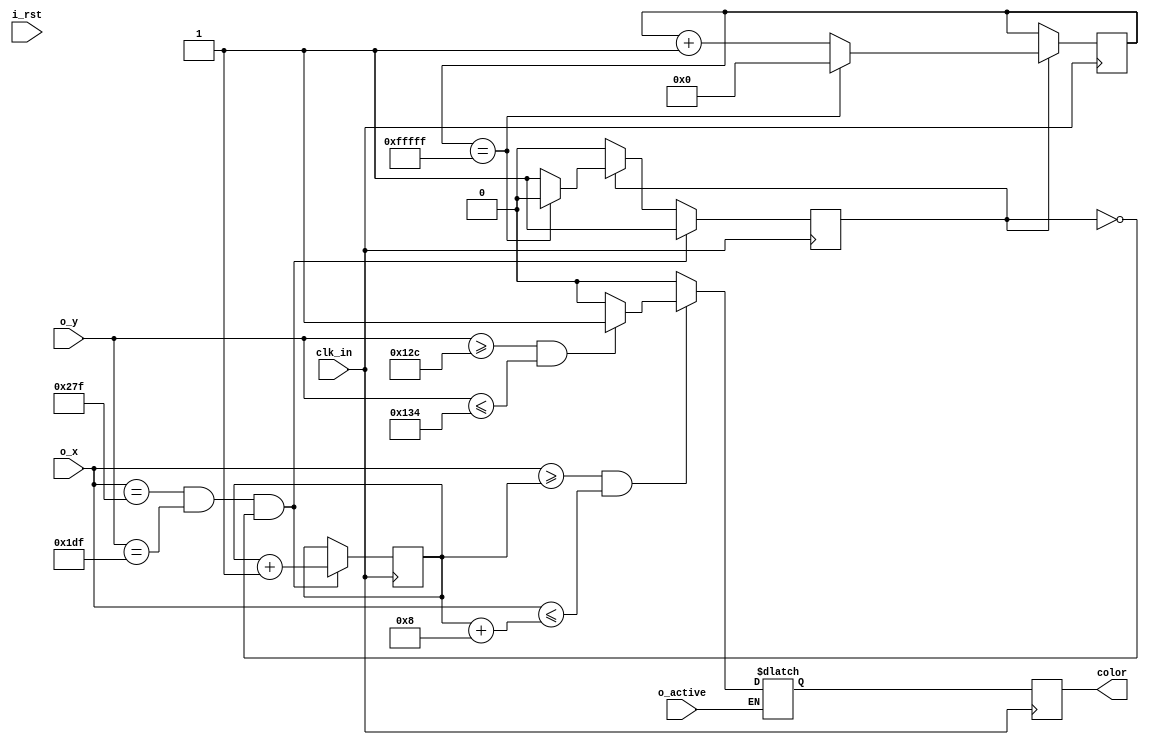
module printBallv2 (
    input wire clk_in,                                             // Clock base (vindo da placa)
    input wire i_rst,                                              // Reset: recomea a imprimir o quadro
    input wire o_active,                                           // Alto quando um pixel est sendo desenhado
    input wire [9:0] o_x,                                          // Posio x atual do pixel
    input wire [8:0] o_y,                                          // Posio y atual do pixel
    output reg color                                               // Indica se est imprimindo ou no (1 imprimindo, 0 no)
);

// Bolinha: 40x40
reg [8:0] y_bola = 300;                                            // Posio inicial da bola em y
reg [8:0] x_bola = 260;                                            // Posio inicial da bola em x
reg [19:0] delay = 0;                                              // Tempo que deve ser esperado at atualizar as coordenadas
reg startDelay = 1;                                                // Sinal que indica se o delay deve ser iniciado
localparam tamBolaX = 8,                                         // Tamanho da bola no eixo x
           tamBolaY = 8;                                         // Tamanho da bola no eixo y
reg cor;                                                           // Fio auxiliar para manipular o valor do registrador color

always @(posedge clk_in) begin                                     // A cada pulso de clock
  if(startDelay) begin
    if(delay == 20'hFFFFF) begin                           // Verifica se o delay j chegou ao final
        startDelay <= 0;                                  // Seta varivel para finalizar delay
        delay <= 0;
    end
    else delay <= delay + 1'b1;
  end
  if(o_x == 639 && o_y == 479 && startDelay == 0) begin
    x_bola <= x_bola + 1;                                       // Atualiza valor de Y
    startDelay <=1;
  end
end


always @(posedge clk_in) begin                                     // A cada pulso de clock
    color <= cor;                                                  // O valor do fio 'cor'  armazenado no registrador 'color'
end

always @(*) begin
    if(o_active) begin                                             // Caso esteja na rea ativa
        if(o_x >= x_bola && o_x <= (x_bola+tamBolaX)) begin        // Verifica se est na posio x da bola para desenh-la
            if(o_y >= y_bola && o_y <= (y_bola+tamBolaY)) begin         // Verifica se est na posio y da bola para desenh-la
                cor = 1;
            end
            else cor = 0;
        end
        else cor = 0;
    end
end
endmodule